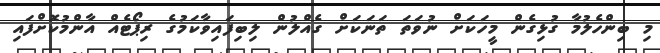
މި ބިންހެލުމާ ގުޅިގެން މީހަކަށް ނުވަތަ ތަނަކަށް ގެއްލުން ލިބިފައިވާކަމުގެ ރިޕޯޓެއް އާންމުކޮށްފައި